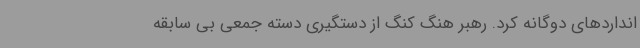
انداردهای دوگانه کرد. رهبر هنگ کنگ از دستگیری دسته جمعی بی سابقه